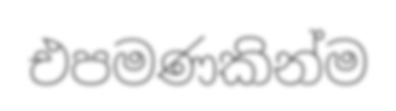
එපමණකින්ම